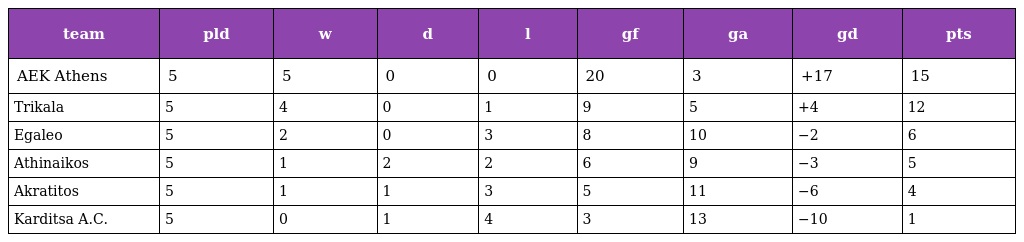
| team | pld | w | d | l | gf | ga | gd | pts |
 | --- | --- | --- | --- | --- | --- | --- | --- | --- |
 | AEK Athens | 5 | 5 | 0 | 0 | 20 | 3 | +17 | 15 |
 | Trikala | 5 | 4 | 0 | 1 | 9 | 5 | +4 | 12 |
 | Egaleo | 5 | 2 | 0 | 3 | 8 | 10 | −2 | 6 |
 | Athinaikos | 5 | 1 | 2 | 2 | 6 | 9 | −3 | 5 |
 | Akratitos | 5 | 1 | 1 | 3 | 5 | 11 | −6 | 4 |
 | Karditsa A.C. | 5 | 0 | 1 | 4 | 3 | 13 | −10 | 1 |